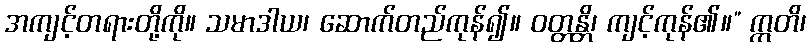
အကျင့်တရားတို့ကို။ သမာဒါယ၊ ဆောက်တည်ကုန်၍။ ဝတ္တန္တိ၊ ကျင့်ကုန်၏။” ဣတိ၊